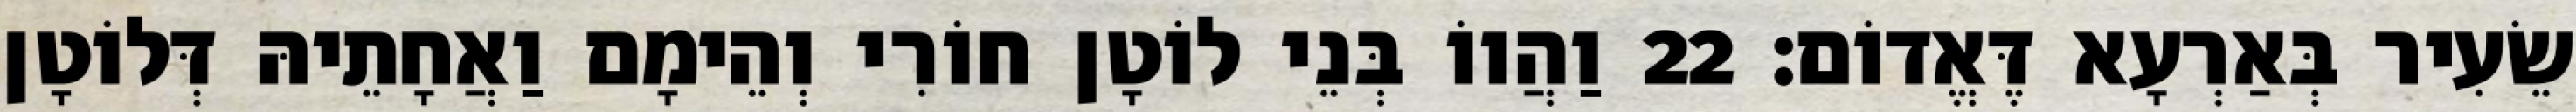
שֵׂעִיר בְּאַרְעָא דֶּאֱדוֹם׃ 22 וַהֲווֹ בְּנֵי לוֹטָן חוֹרִי וְהֵימָם וַאֲחָתֵיהּ דְּלוֹטָן